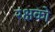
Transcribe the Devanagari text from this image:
रक्षको